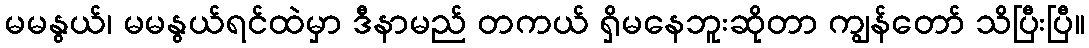
မမနွယ်၊ မမနွယ်ရင်ထဲမှာ ဒီနာမည် တကယ် ရှိမနေဘူးဆိုတာ ကျွန်တော် သိပြီးပြီ။